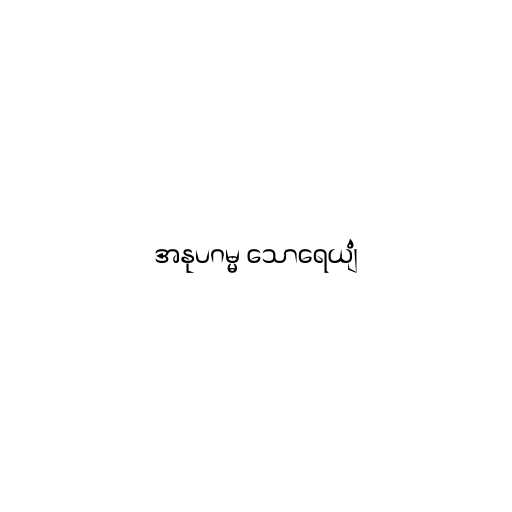
အနုပဂမ္မ သောရေယျံ